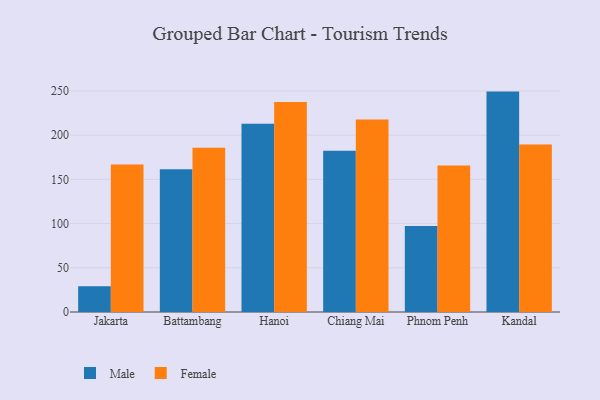
{"axis": {"x": "City", "y": "Page Views"}, "legend": ["Female", "Male"], "data": [{"x": "Jakarta", "y": 29.1, "type": "Male"}, {"x": "Jakarta", "y": 166.8, "type": "Female"}, {"x": "Battambang", "y": 161.4, "type": "Male"}, {"x": "Battambang", "y": 185.9, "type": "Female"}, {"x": "Hanoi", "y": 213.0, "type": "Male"}, {"x": "Hanoi", "y": 237.6, "type": "Female"}, {"x": "Chiang Mai", "y": 182.3, "type": "Male"}, {"x": "Chiang Mai", "y": 217.7, "type": "Female"}, {"x": "Phnom Penh", "y": 97.2, "type": "Male"}, {"x": "Phnom Penh", "y": 165.6, "type": "Female"}, {"x": "Kandal", "y": 249.3, "type": "Male"}, {"x": "Kandal", "y": 189.6, "type": "Female"}]}